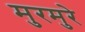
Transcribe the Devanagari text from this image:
मुरमुरे